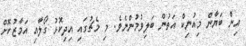
އިން ބަޔާން މިއުނިކް އަތުން ބަލިވުމުންނެވެ. މި މެޗުގައި އިދިކޮޅު ގޯލާއި އަމާޒުކޮށް